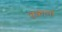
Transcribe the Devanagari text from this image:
तुकाना